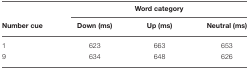
<table><thead><tr><td></td><td colspan="3"><b>Word category</b></td></tr><tr><td><b>Number cue</b></td><td><b>Down (ms)</b></td><td><b>Up (ms)</b></td><td><b>Neutral (ms)</b></td></tr></thead><tbody><tr><td>1</td><td>623</td><td>663</td><td>653</td></tr><tr><td>9</td><td>634</td><td>648</td><td>626</td></tr></tbody></table>